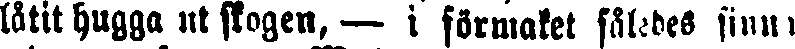
låtit hugga ut skogen, – i förmaket således sinna